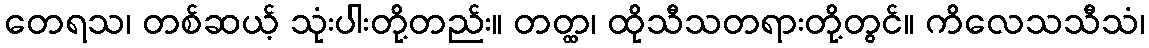
တေရသ၊ တစ်ဆယ့် သုံးပါးတို့တည်း။ တတ္ထ၊ ထိုသီသတရားတို့တွင်။ ကိလေသသီသံ၊